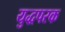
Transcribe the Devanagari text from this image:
युद्धपरक